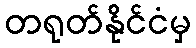
တရုတ်နိုင်ငံမှ